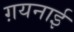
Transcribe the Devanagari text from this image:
ग़यनाई